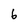
Character: 6